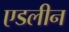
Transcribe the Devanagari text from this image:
एडलीन